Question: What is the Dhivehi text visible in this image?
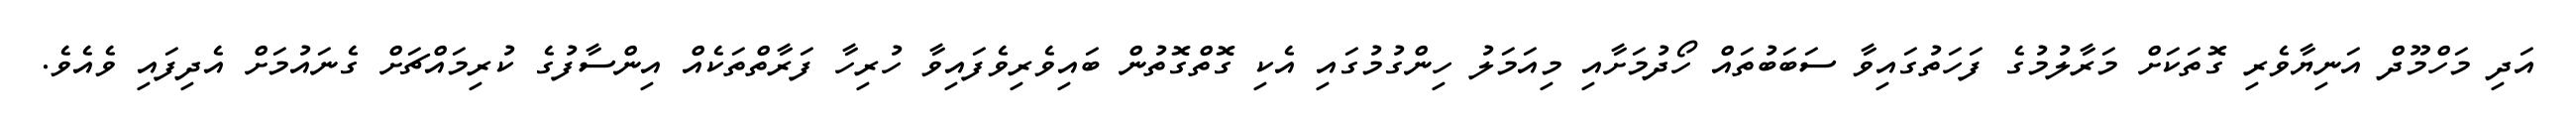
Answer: އަދި މަހްމޫދް އަނިޔާވެރި ގޮތަކަށް މަރާލުމުގެ ފަހަތުގައިވާ ސަބަބުތައް ހޯދުމަށާއި މިއަމަލު ހިންގުމުގައި އެކި ގޮތްގޮތުން ބައިވެރިވެފައިވާ ހުރިހާ ފަރާތްތަކެއް އިންސާފުގެ ކުރިމައްޗަށް ގެނައުމަށް އެދިފައި ވެއެވެ.